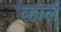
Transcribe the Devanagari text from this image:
व्होर्ल